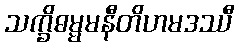
သက္ခိဓမ္မမနီတိဟမဒဿီ